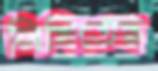
লিখিতেছ